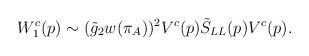
LaTeX: \begin{align*}W^c_1(p)\sim (\tilde g_2w(\pi_A))^2V^c(p)\tilde S_{LL}(p)V^c(p).\end{align*}